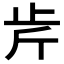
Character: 𣥍